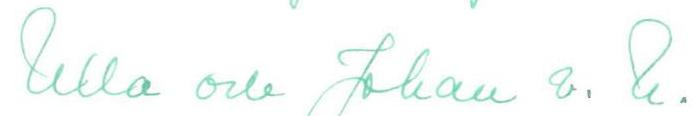
Ulla och Johan v. U.